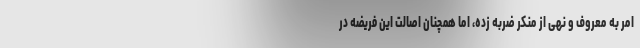
امر به معروف و نهی از منکر ضربه زده، اما همچنان اصالت این فریضه در